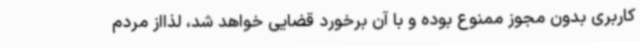
کاربری بدون مجوز ممنوع بوده و با آن برخورد قضایی خواهد شد، لذااز مردم